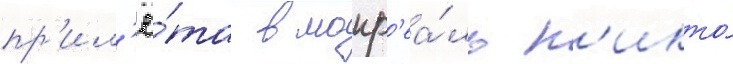
пр'ил'ё́та в монр'еа́ль н'икто́